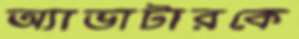
অ্যাভাটারকে